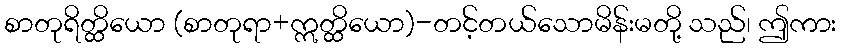
စာတုရိတ္ထိယော (စာတုရာ+ဣတ္ထိယော)-တင့်တယ်သောမိန်းမတို့ သည်၊ ဤကား